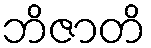
ဘိဇာတိ